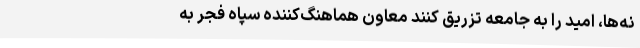
نه‌ها، امید را به جامعه تزریق کنند معاون هماهنگ‌کننده سپاه فجر به